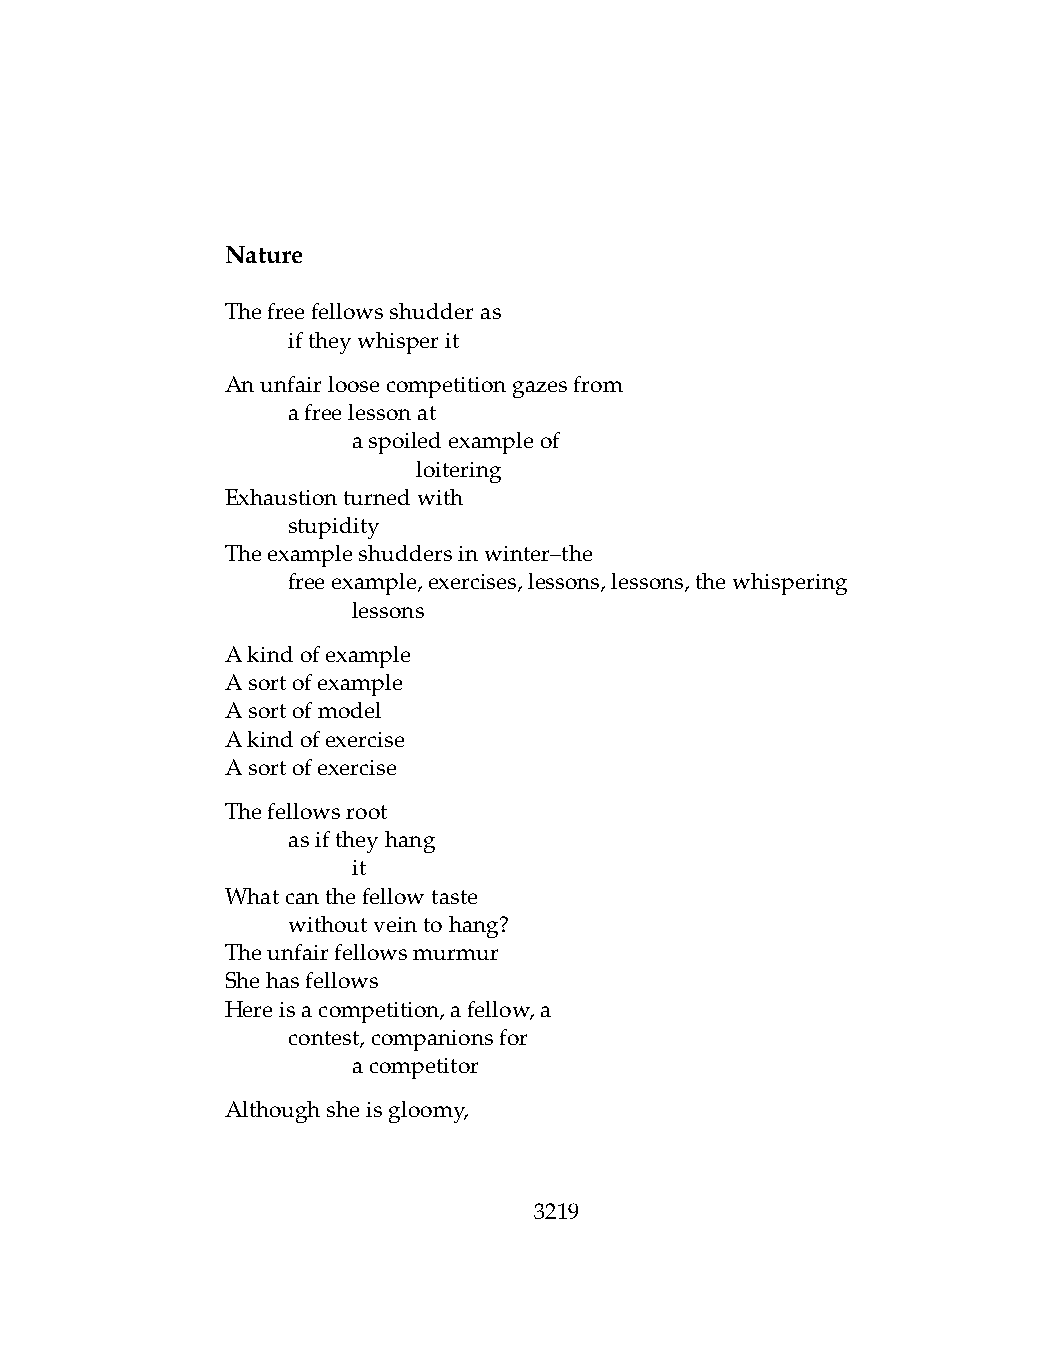
Nature
 Thefreefellowsshudderas
 .   iftheywhisperit
 Anunfairloosecompetitiongazesfrom
 .   afreelessonat
 .   .   aspoiledexampleof
 .   .   .    loitering
 Exhaustionturnedwith
 .   stupidity
 Theexampleshuddersinwinter–the
 .   freeexample,exercises,lessons,lessons,thewhispering
 .   .   lessons
 Akindofexample
 Asortofexample
 Asortofmodel
 Akindofexercise
 Asortofexercise
 Thefellowsroot
 .   asiftheyhang
 .   .   it
 Whatcanthefellowtaste
 .   withoutveintohang?
 Theunfairfellowsmurmur
 Shehasfellows
 Hereisacompetition,afellow,a
 .   contest,companionsfor
 .   .   acompetitor
 Althoughsheisgloomy,
 3219